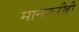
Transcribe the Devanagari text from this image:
मानकरीही